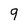
Character: 9